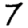
Digit: 7